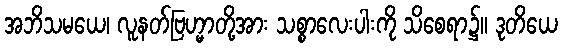
အဘိသမယေ၊ လူနတ်ဗြဟ္မာတို့အား သစ္စာလေးပါးကို သိစေရာ၌။ ဒုတိယေ